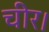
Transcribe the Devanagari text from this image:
चीर।